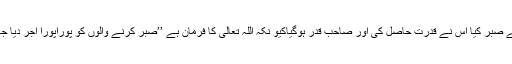
جس نے صبر کیا اس نے قدرت حاصل کی اور صاحبِ قدر ہوگیاکیو نکہ اللہ تعالیٰ کا فرمان ہے ’’صبر کرنے والوں کو پوراپورا اجر دیا جائے گا۔